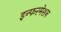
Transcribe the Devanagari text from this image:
इन्फरमेशन